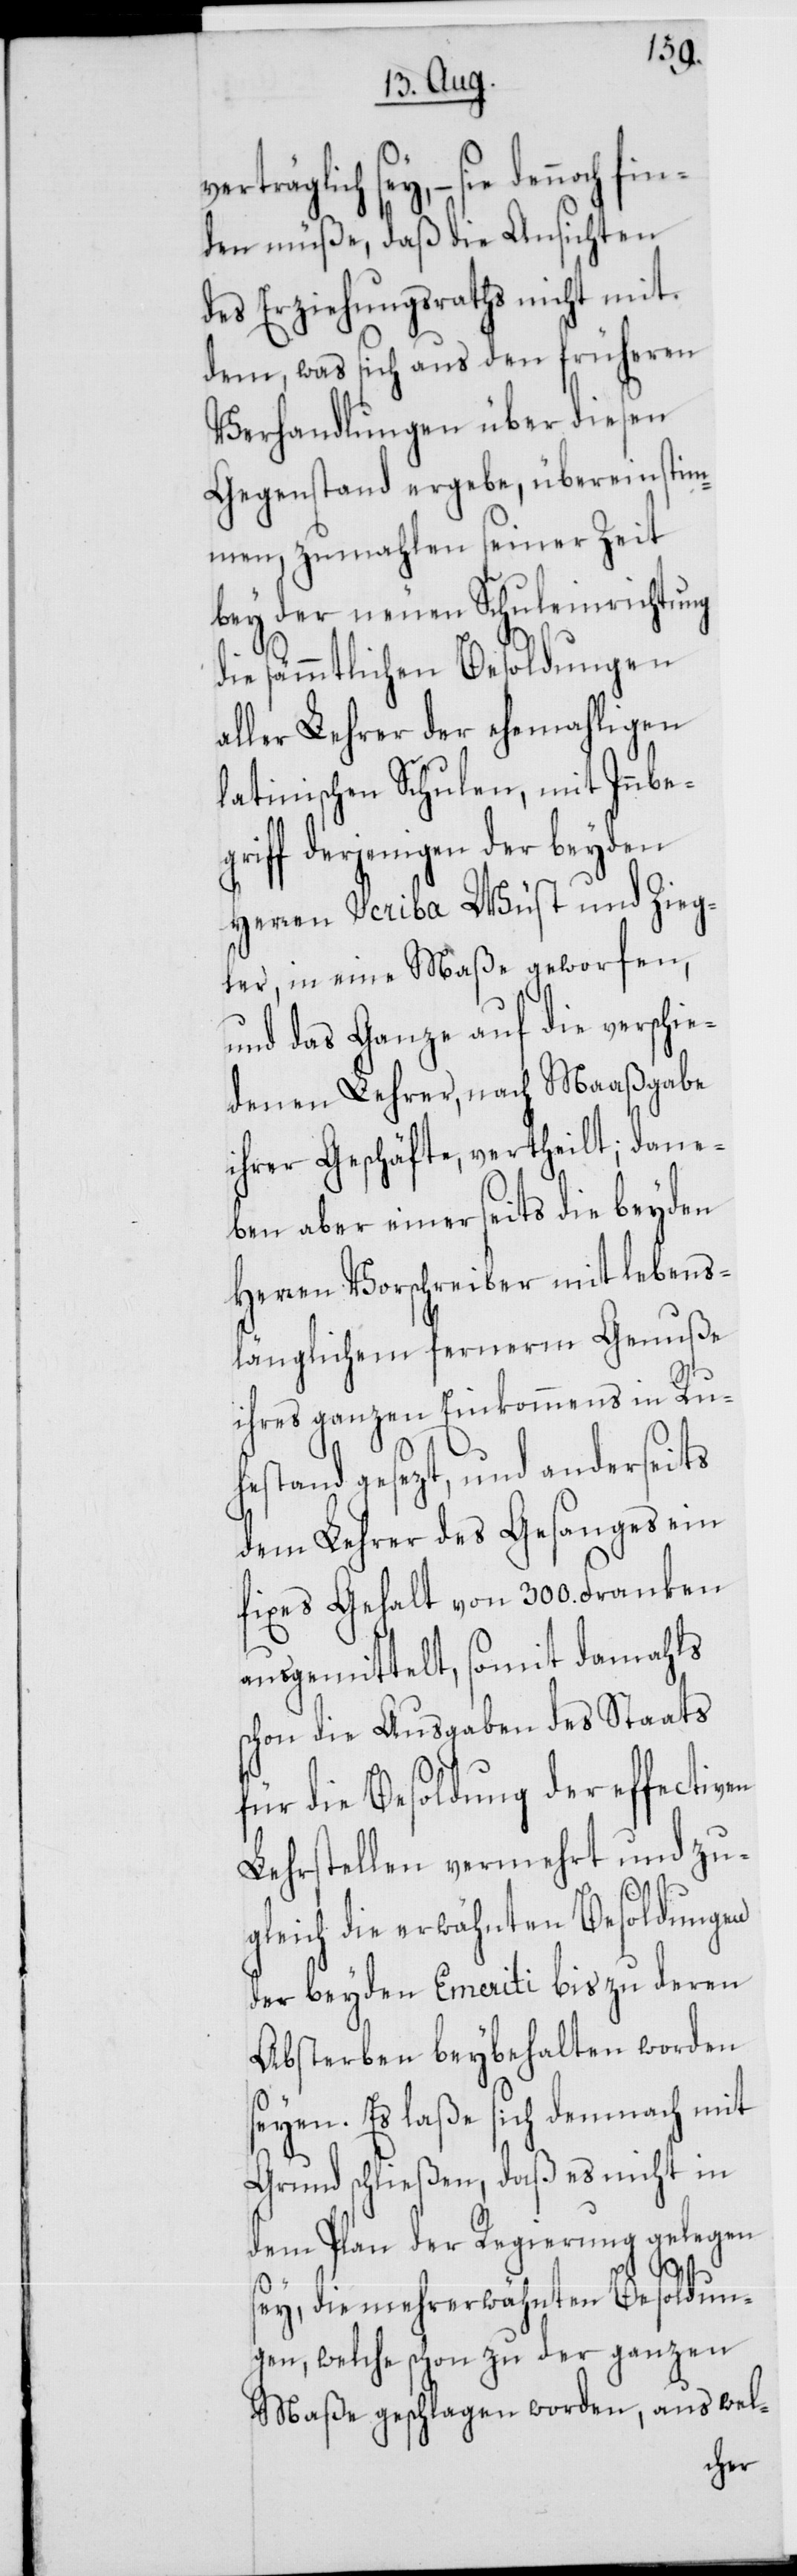
verträglich sey, – sie den¬
den müße, daß die Ansichten
des Erziehungsraths nicht mit
dem, was sich aus den früheren
Verhandlungen über diesen
Gegenstand ergebe, übereinstim¬
men, zumahlen seiner Zeit
bey der neuen Schuleinrichtung
die sämmtlichen Besoldungen
aller Lehrer der ehemahligen
latinischen Schulen, mit Innbeg¬
riff derjenigen der beyden
Herren Scriba Wüst und Zieg¬
ler, in eine Maße geworfen,
und das Ganze auf die verschie¬
denen Lehrer, nach Maaßgabe
ihrer Geschäfte, vertheilt; dane¬
ben aber einerseits die beyden
Herren Vorschreiber mit lebens¬
länglichem fernerm Genuße
ihres ganzen Einkommens in Ruh¬
estand gesezt, und anderseits
dem Lehrer des Gesanges ein
fixes Gehalt von 300. Franken
ausgemittelt, somit damahls
schon die Ausgaben des Staats
für die Besoldung der effectiven
Lehrstellen vermehrt und zu¬
gleich die erwähnten Besoldungen
der beyden Emeriti bis zu deren
Absterben beybehalten worden
seyen. Es laße sich demnach mit
Grund schließen, daß es nicht in
dem Plan der Regierung gelegen
fin¬
sey, die mehrerwähnten Besoldun¬
gen, welche schon zu der ganzen
Maße geschlagen worden, aus wel-